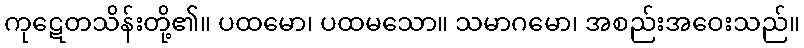
ကုဋေတသိန်းတို့၏။ ပထမော၊ ပထမသော။ သမာဂမော၊ အစည်းအဝေးသည်။